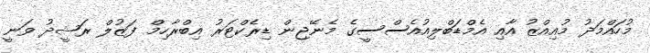
މުހައްމަދު މުއިއްޒު އާއި އެމްޑަބްލިއުއެސްސީގެ މެނޭޖިން ޑިރެކްޓަރު އިބްރާހިމް ފަޒުލް ރަޝީދު ވަނީ